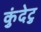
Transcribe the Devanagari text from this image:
कुंदेटु